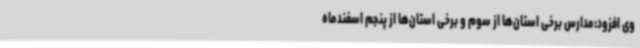
وی افزود:مدارس برخی استان‌ها از سوم و برخی استان‌ها از پنجم اسفندماه